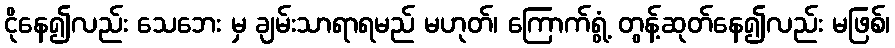
ငိုနေ၍လည်း သေဘေး မှ ချမ်းသာရာရမည် မဟုတ်၊ ကြောက်ရွံ့ တွန့်ဆုတ်နေ၍လည်း မဖြစ်၊